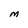
Character: M